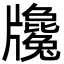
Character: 㸥